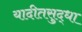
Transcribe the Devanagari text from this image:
यादीतसुद्धा